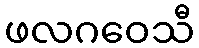
ဖလဂဝေသီ